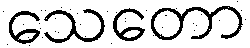
သေတော